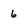
Character: 6